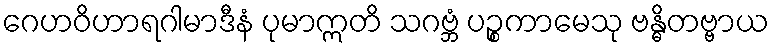
ဂေဟဝိဟာရဂါမာဒီနံ ပုမာဣတိ သဂဗ္ဘံ ပဉ္စကာမေသု ဗန္ဓိတဗ္ဗာယ